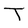
Character: T